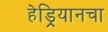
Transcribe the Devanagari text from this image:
हेड्रियानचा